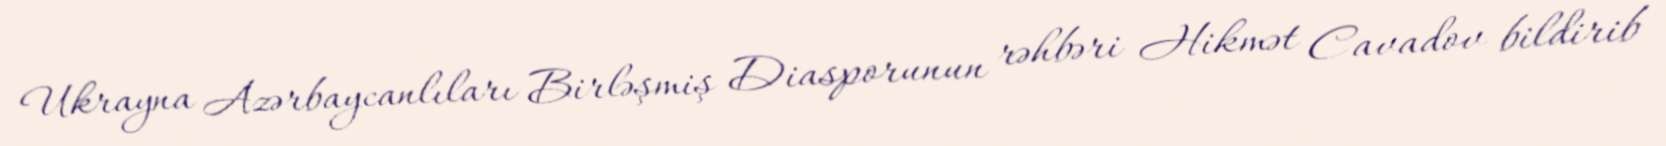
Ukrayna Azərbaycanlıları Birləşmiş Diasporunun rəhbəri Hikmət Cavadov bildirib